Insane asylums in Bengal annual reports 1876-1887 - 1876-1887
Year: 1876
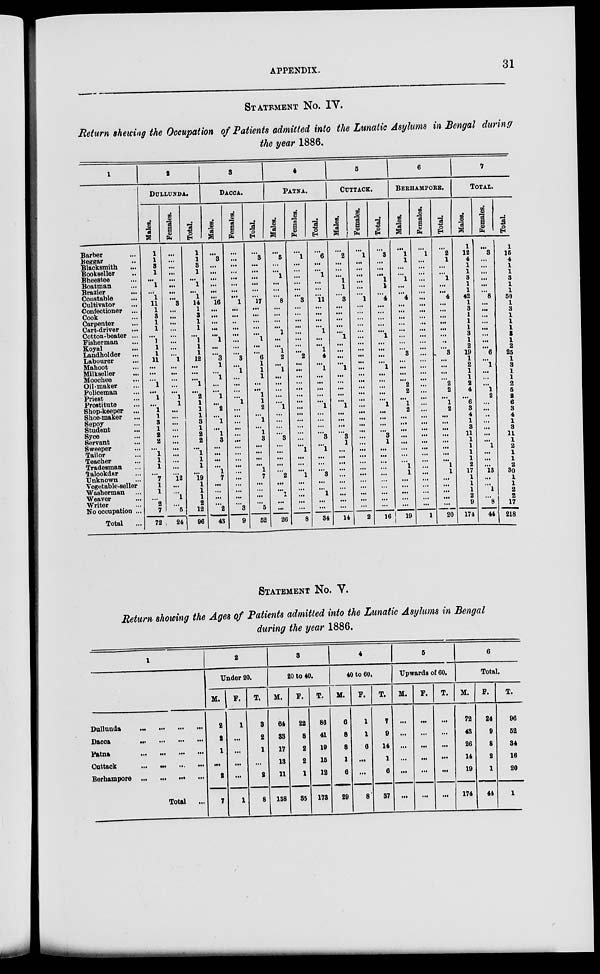
APPENDIX.
31
STATEMENT No. IV.
Return shewing the Occupation of Patients admitted into the Lunatic Asylums in Bengal during
the year 1886.
1
Barber ...
Beggar ...
Blacksmith ...
Bookseller ...
Bheeatee ...
Boatman ...
Brazier
...
Constable
...
Cultivator ...
Confectioner ...
Cook ...
Carpenter ...
Cart-driver
...
Cotton-beater ...
Fisherman ...
Koyal ...
Landholder ...
Labourer ...
Mahoot ...
Milkseller ...
Moochee ...
Oil-maker ...
Policeman ...
Priest ...
Prostitute ...
Shop-keeper ...
Shoe-maker ...
Sepoy ...
Student ...
Syce ...
Servant ...
Sweeper ...
Tailor ...
Teacher ...
Tradesman ...
Talookdar ...
Unknown ...
Vegetable-seller
Washerman ...
Weaver ...
Writer ...
No occupation ...
Total ...
2
DULLUNDA.
Males.
1
1
3
1
...
1
...
1
11
1
3
1
1
...
1
1
1
11
...
...
...
1
...
1
...
1
1
3
1
2
2
...
1
1
1
...
7
1
1
...
2
7
72
Females.
...
...
...
...
...
...
...
...
3
...
...
...
...
...
...
...
...
1
...
...
...
...
...
1
1
...
...
...
...
...
...
...
...
...
...
...
12
...
...
1
...
5
24
Total.
1
1
3
1
...
1
...
1
14
1
3
1
1
...
1
1
1
12
...
...
...
1
...
2
1
1
1
3
1
2
2
...
1
1
1
...
19
1
1
1
2
12
96
3
DACCA.
Males.
...
3
...
...
...
...
...
...
16
...
...
...
...
...
1
...
...
3
1
...
1
...
...
1
...
2
...
1
...
1
3
...
...
...
...
1
7
...
...
...
...
2
43
Females.
...
...
...
...
...
...
...
...
1
...
...
...
...
...
...
...
...
3
...
1
...
...
...
...
1
...
...
...
...
...
...
...
...
...
...
...
...
...
...
...
...
3
9
Tolal.
...
3
...
...
...
...
...
...
17
...
...
...
...
...
1
...
...
6
1
1
1
...
...
1
1
2
...
1
...
1
3
...
...
...
...
1
7
...
...
...
...
5
52
4
PATNA.
Males.
...
5
...
...
1
...
...
...
8
...
...
...
...
1
...
...
1
2
...
1
...
...
...
...
...
1
...
...
...
...
3
...
...
...
...
...
2
...
...
1
...
...
26
Females.
...
1
...
...
...
...
...
...
3
...
...
...
...
...
...
...
...
2
...
...
...
...
...
...
...
...
...
...
...
...
...
...
1
...
...
...
1
...
...
...
...
...
8
Total.
...
6
...
...
1
...
...
...
11
...
...
...
...
1
...
...
1
4
...
1
...
...
...
...
...
1
...
...
...
...
3
...
1
...
...
...
3
...
...
1
...
...
84
5
CUTTACK.
Males.
...
2
...
...
...
1
1
...
3
...
...
...
...
...
1
...
...
...
...
1
...
...
...
...
...
1
...
...
...
...
3
1
...
...
...
...
...
...
...
...
...
...
14
Females.
...
1
...
...
...
...
...
...
1
...
...
...
...
...
...
...
...
...
...
...
...
...
...
...
...
...
...
...
...
...
...
...
...
...
...
...
...
...
...
...
...
...
2
Total.
...
3
...
...
... 1
1
...
4
...
...
...
...
...
1
...
...
...
...
1
...
...
...
...
...
1
...
...
...
...
3
1
...
...
...
...
...
...
...
...
...
...
16
6
BERHAMPORE.
Males.
...
1
1
...
... 1
...
...
4
...
...
...
...
...
...
...
...
3
...
...
...
...
2
2
...
1
2
...
...
...
...
...
...
...
...
1
1
...
...
...
...
...
19
Females.
...
1
...
...
...
...
...
...
...
...
...
...
...
...
...
...
...
...
...
...
...
...
...
...
...
...
...
...
...
...
...
...
...
...
...
...
...
...
...
...
...
...
1
Total
...
2
1
...
... 1
...
...
4
...
...
...
...
...
...
...
...
3
...
...
...
...
2
2
...
1
2
...
...
...
...
...
...
...
...
1
1
...
...
...
...
...
20
7
TOTAL.
Males.
1
12
4
1
1
3
1
1
42
1
3
1
1
1
3
1
2
19
1
2
1
1
2
4
...
6
3
4
1
3
11
1
1
1
1
2
17
1
1
1
2
9
174
Females.
...
3
...
...
...
...
...
...
8
...
...
...
...
...
...
...
...
6
...
1
...
...
...
1
2
...
...
...
...
...
...
...
1
...
... ...
13
...
...
1
...
8
44
Total.
1
15
4
1
1
3
1
1
50
1
3
1
1
1
3
1
2
25
1
3
1
1
2
5
2
6
3
4
1
3
11
1
2
1
1
2
30
1
1
2
2
17
218
STATEMENT No. V.
Return showing the Ages of Patients admitted into the Lunatic Asylums in Bengal
during the year 1886.
1
Dullunda
...
...
...
...
Dacca
Patna
...
...
...
...
Cuttack ... ... ... ...
Berhampore ... ... ... ...
Total
...
2
Under 20.
M.
2
2
1
...
2
7
F.
1
...
...
...
...
1
T.
3
2
1
...
2
8
3
20 to 40.
M.
64
33
17
13
11
138
F.
22
8
2
2
1
35
T.
86
41
19
15
12
178
4
40 to 60.
M.
6
8
8
1
6
29
F.
1
1
6
...
...
8
T.
7
9
14
1
6
37
6
Upwards of 60.
M.
...
...
...
...
...
...
F.
...
...
...
...
...
...
T.
...
...
...
...
...
...
6
Total.
M.
72
43
26
14
19
174
F.
24
9
8
2
1
44
T.
96
62
34
16
20
1